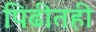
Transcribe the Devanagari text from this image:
पिढीतही